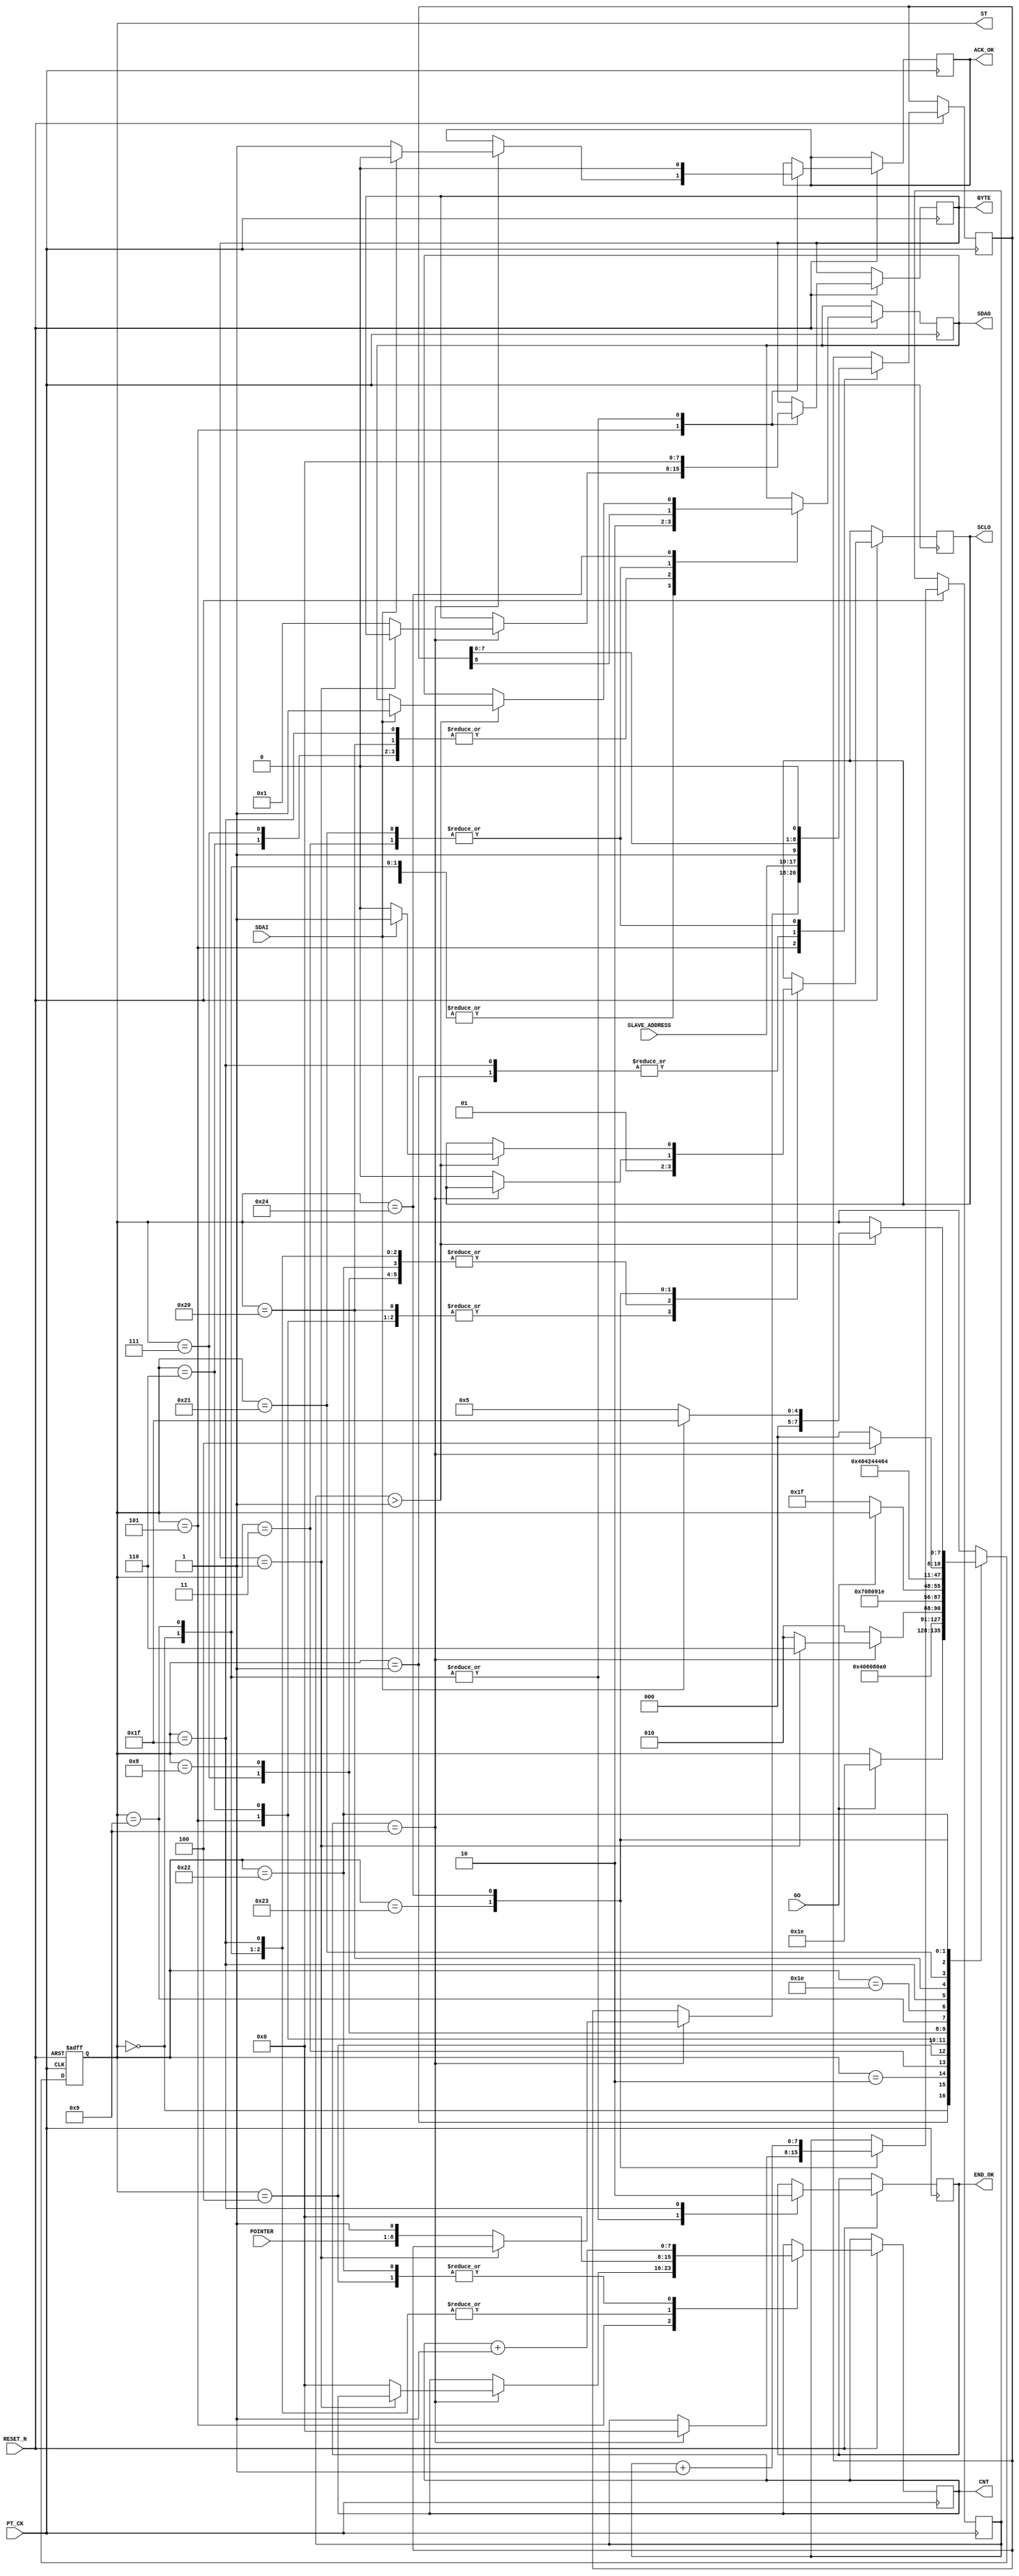
module I2C_WRITE_POINTER  (
   input  				RESET_N ,
	input      			PT_CK,
	input      			GO,
	input      [7:0]	POINTER,
	input      [7:0]	SLAVE_ADDRESS,	
	input      			SDAI,
	output reg 			SDAO,
	output reg 			SCLO,
	output reg 			END_OK,
	
	//--for test 
	output reg [7:0]	ST ,
	output reg 			ACK_OK,
	output reg [7:0] 	CNT ,
	output reg [7:0] 	BYTE  
	
);

reg   [8:0]A ;
reg   [7:0]DELY ;


always @( negedge RESET_N or posedge  PT_CK )begin
if ( !RESET_N ) ST <=0;
else 
	  case (ST)
	    0: begin  //start 		      
		      SDAO   <=1; 
	         SCLO   <=1;
	         ACK_OK <=0;
	         CNT    <=0;
	         END_OK <=1;
	         BYTE   <=0;	
	         if (GO) ST  <=30 ; // inital 							
		    end	  
	    1: begin  //start 
		      ST <=2 ; 
			   { SDAO,  SCLO } <= 2'b01; 
				A <= {SLAVE_ADDRESS ,1'b1 };//WRITE COMMAND
		    end
	    2: begin  //start 
		      ST <=3 ; 
			   { SDAO,  SCLO } <= 2'b00; 
		    end			 
	    3: begin  //start 
		      ST <=4 ; 
			   { SDAO, A } <= { A ,1'b0 }; 
		    end
	    4: begin  //start 
		      ST <=5 ; 
			   SCLO <= 1'b1 ; 
				CNT <= CNT +1 ;
		    end
			 
	    5: begin  
			 SCLO <= 1'b0 ; 
			 if (CNT==9) begin
				      if ( BYTE ==1)  ST <= 6 ; 
					   else  
						begin 
							CNT <=0 ; 
							BYTE <=1 ; 
							A <= {POINTER ,1'b1 };  
							ST <= 2 ; 
						end
					   if   ( !SDAI ) ACK_OK <=1 ; 
					   else  ACK_OK <=0 ; 
				 end
			 else ST <= 2;
		    end
	    6: begin          //stop
				ST <=7 ; 
			   {SDAO,SCLO } <= 2'b00; 
         end

	    7: begin          //stop
		      ST <=8 ; 
			   {SDAO,SCLO } <= 2'b01; 
         end
	    8: begin          //stop
		      ST <=9 ; 
			   {SDAO,SCLO } <= 2'b11; 						
         end //stop
		9:	begin
		      ST     <= 30; 
		      SDAO   <=1; 
	         SCLO   <=1;
	         ACK_OK <=0;
	         CNT    <=0;
	         END_OK <=1;
	         BYTE   <=0;					
		     end
		//--- END ---
		30: begin
            if (!GO) ST  <=31;
          end
	  //---SLEEP UP-----		 
	    31: begin  //
		      END_OK<=0;
				CNT <=0 ; 
		      ST <=32 ; 
			   { SDAO,  SCLO } <= 2'b01; 
				A <= {SLAVE_ADDRESS ,1'b1 };//WRITE COMMAND
		    end
	    32: begin  //start 
		      ST <=33 ; 
			   { SDAO,  SCLO } <= 2'b00; 
		    end			 
	    33: begin  //start 
		      ST <=34 ; 
			   { SDAO, A } <= { A ,1'b0 }; 
		    end
	    34: begin  //start 
		      ST <=35 ; 
			   SCLO <= 1'b1 ; 
				CNT <= CNT +1 ;
		    end
			 
	    35: begin  
			  
			  if (CNT==9)  begin DELY<=0;  ST <= 36;end 
			  else begin ST <= 32; SCLO <= 1'b0 ; end 
		    end	
 			 
	    36: begin  
		         DELY<=DELY+1;
				   if ( DELY > 1 )  begin 
				         if ( SDAI==1 ) begin ST <= 31 ;  { SDAO,  SCLO } <= 2'b11; end
			            else  begin ST <=5 ;SCLO <= 1'b0;  end 
			      end
				end	
	  endcase 
 end
 
endmodule